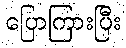
ပြောကြားပြီး